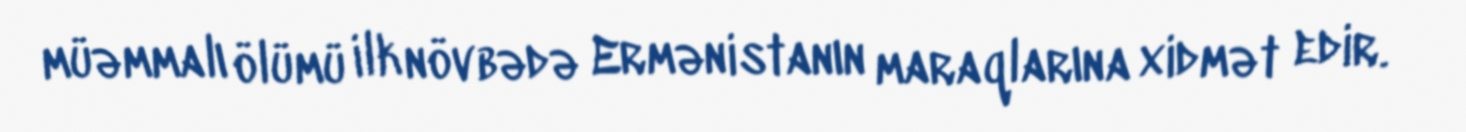
müəmmalı ölümü ilk növbədə Ermənistanın maraqlarına xidmət edir.